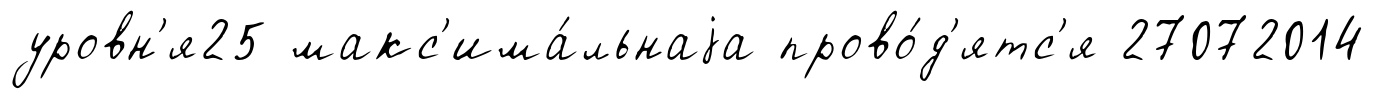
уровн'я25 макс'има́льнаjа прово́д'ятс'я 27072014